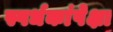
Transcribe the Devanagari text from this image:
स्पर्धकांपेक्षा